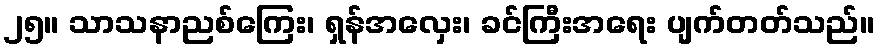
၂၅။ သာသနာညစ်ကြေး၊ ရှန်အလှေး၊ ခင်ကြီးအရေး ပျက်တတ်သည်။